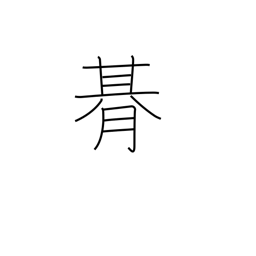
Meaning: one period